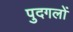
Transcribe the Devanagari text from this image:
पुदगलों